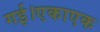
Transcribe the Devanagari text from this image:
गई।एकाएक